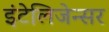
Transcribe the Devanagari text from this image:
इंटेलिजेन्सर